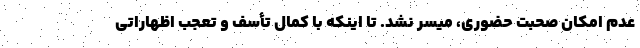
عدم امکان صحبت حضوری، میسر نشد. تا اینکه با کمال تأسف و تعجب اظهاراتی